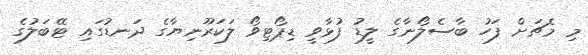
މި މެޗަށް ފަހު ބާސެލޯނާގެ ލީޑު ފުޅާވީ ޑިޕޯޓިވޯ ލަކަރޫނިޔާގެ ދަނޑުގައި ޓޭބަލުގެ